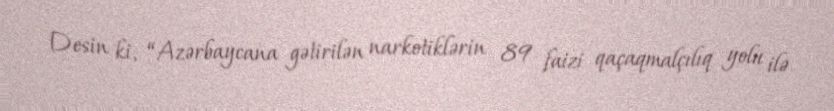
Desin ki, “Azərbaycana gətirilən narkotiklərin 89 faizi qaçaqmalçılıq yolu ilə